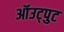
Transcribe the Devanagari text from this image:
ऑउट्पुट